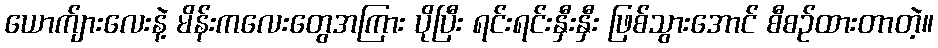
ယောက်ျားလေးနဲ့ မိန်းကလေးတွေအကြား ပိုပြီး ရင်းရင်းနှီးနှီး ဖြစ်သွားအောင် စီစဉ်ထားတာတဲ့။